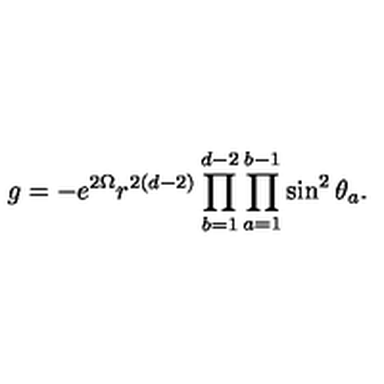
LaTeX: g = - e ^ { 2 \Omega } r ^ { 2 ( d - 2 ) } \prod _ { b = 1 } ^ { d - 2 } \prod _ { a = 1 } ^ { b - 1 } \sin ^ { 2 } \theta _ { a } .